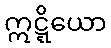
ဣဋ္ဋိယော